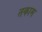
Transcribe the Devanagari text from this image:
तकाम